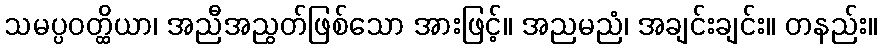
သမပ္ပဝတ္ထိယာ၊ အညီအညွတ်ဖြစ်သော အားဖြင့်။ အညမညံ၊ အချင်းချင်း။ တနည်း။